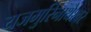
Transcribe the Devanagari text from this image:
यजमुरिनाथेश्‍वर